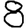
Digit: 8